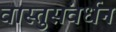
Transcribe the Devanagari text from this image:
वास्तुसंवर्धन